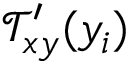
\mathcal { T } _ { x y } ^ { \prime } ( y _ { i } )